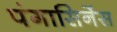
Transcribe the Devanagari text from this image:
पंगासिनेंस